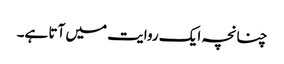
چنانچہ ایک روایت میں آتا ہے۔